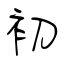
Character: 初